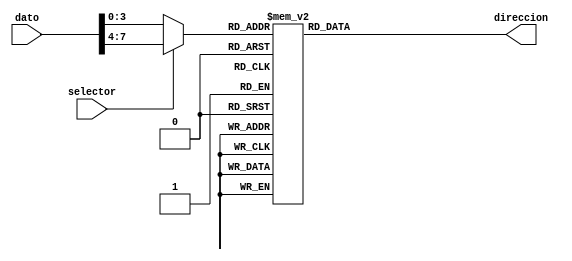
`timescale 1ns / 1ps
//////////////////////////////////////////////////////////////////////////////////
// Company: 
// Engineer: 
// 
// Design Name: 
// Module Name:    deco_direcciones 
// Project Name: 
// Target Devices: 
// Tool versions: 
// Description: 
//
// Dependencies: 
//
// Revision: 
// Revision 0.01 - File Created
// Additional Comments: 
//
//////////////////////////////////////////////////////////////////////////////////
module deco_direcciones(
    input [7:0] dato,
    input selector,
    output reg [10:0] direccion = 11'h420
    );
	 
	 wire [3:0] nibble;
	 
	 assign nibble = selector ? dato[7:4] : dato[3:0];
	 
	 always@* begin
		direccion = 11'h420;
		
		case(nibble)
			4'd0: direccion = 11'h420;
			4'd1: direccion = 11'h450;
			4'd2: direccion = 11'h480;
			4'd3: direccion = 11'h4b0;
			4'd4: direccion = 11'h4e0;
			4'd5: direccion = 11'h510;
			4'd6: direccion = 11'h540;
			4'd7: direccion = 11'h570;
			4'd8: direccion = 11'h5a0;
			4'd9: direccion = 11'h5d0;
			default: direccion = 11'd0;
		endcase
		
	 end


endmodule